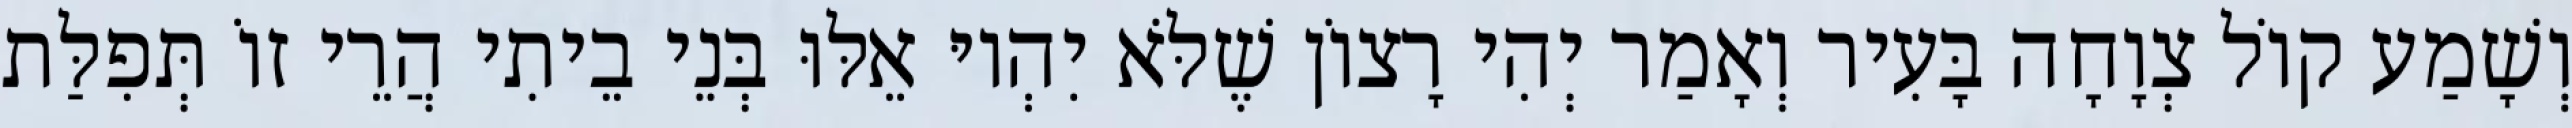
וְשָׁמַע קוֹל צְוָחָה בָּעִיר וְאָמַר יְהִי רָצוֹן שֶׁלֹּא יִהְיוּ אֵלּוּ בְּנֵי בֵיתִי הֲרֵי זוֹ תְּפִלַּת